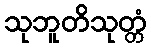
သုဘူတိသုတ္တံ